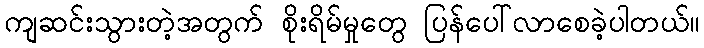
ကျဆင်းသွားတဲ့အတွက် စိုးရိမ်မှုတွေ ပြန်ပေါ်လာစေခဲ့ပါတယ်။